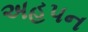
અહપન